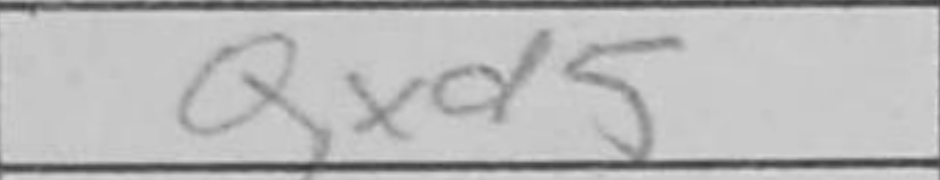
Transcription: Qxd5